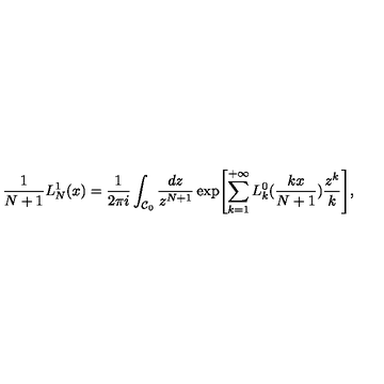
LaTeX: \frac { 1 } { N + 1 } { L _ { N } ^ { 1 } } ( x ) = \frac { 1 } { 2 \pi i } \int _ { { \cal C } _ { 0 } } \frac { d z } { z ^ { N + 1 } } \exp \Biggl [ \sum _ { k = 1 } ^ { + \infty } L _ { k } ^ { 0 } ( \frac { k x } { N + 1 } ) \frac { z ^ { k } } { k } \Biggr ] ,